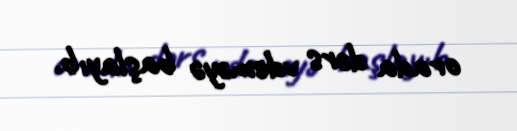
orada dərs vdeməyə başlayıb.